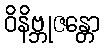
ဝိနိဗ္ဘုဇန္တော